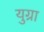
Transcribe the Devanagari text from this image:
युग्रा